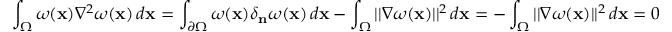
\int _ { \Omega } \omega ( \mathbf { x } ) \nabla ^ { 2 } \omega ( \mathbf { x } ) \, d \mathbf { x } = \int _ { \partial \Omega } \omega ( \mathbf { x } ) \delta _ { \mathbf { n } } \omega ( \mathbf { x } ) \, d \mathbf { x } - \int _ { \Omega } | | \nabla \omega ( \mathbf { x } ) | | ^ { 2 } \, d \mathbf { x } = - \int _ { \Omega } | | \nabla \omega ( \mathbf { x } ) | | ^ { 2 } \, d \mathbf { x } = 0